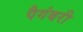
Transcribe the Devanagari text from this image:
पैगंबरी